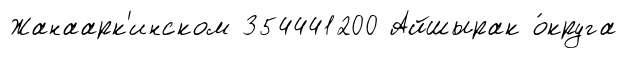
Жанаарк'инском 354441200 Айшырак о́круга